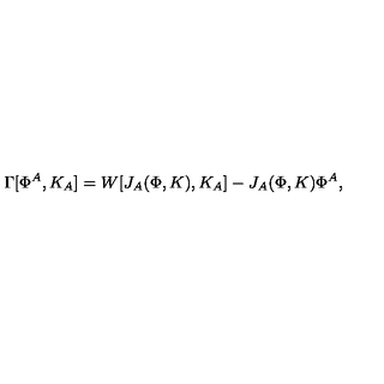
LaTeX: \Gamma [ \Phi ^ { A } , K _ { A } ] = W [ J _ { A } ( \Phi , K ) , K _ { A } ] - J _ { A } ( \Phi , K ) \Phi ^ { A } ,